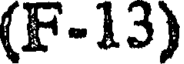
(F-13)